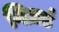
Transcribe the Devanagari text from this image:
गिज़र्ड